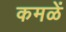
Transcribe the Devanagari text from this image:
कमळें